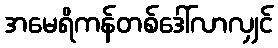
အမေရိကန်တစ်ဒေါ်လာလျှင်